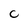
Character: C